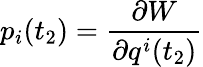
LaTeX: p_{i}(t_{2})=\frac{\partial W}{\partial q^{i}(t_{2})}